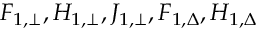
F _ { 1 , \bot } , H _ { 1 , \bot } , J _ { 1 , \bot } , F _ { 1 , \Delta } , H _ { 1 , \Delta }